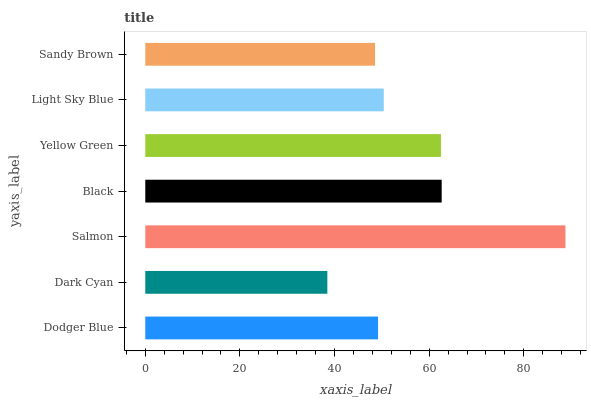
| yaxis_label | bars |
 | --- | --- |
 | Dodger Blue | 49.2 |
 | Dark Cyan | 38.5 |
 | Salmon | 88.8 |
 | Black | 62.6 |
 | Yellow Green | 62.5 |
 | Light Sky Blue | 50.4 |
 | Sandy Brown | 48.6 |